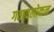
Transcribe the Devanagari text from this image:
गतावलोकन